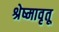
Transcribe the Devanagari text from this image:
श्रेष्मावृतू